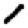
Digit: 1